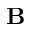
{ \bf \delta B }